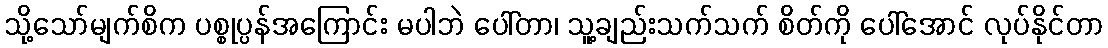
သို့သော်မျက်စိက ပစ္စုပ္ပန်အကြောင်း မပါဘဲ ပေါ်တာ၊ သူ့ချည်းသက်သက် စိတ်ကို ပေါ်အောင် လုပ်နိုင်တာ